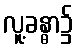
လူ့ခန္ဓာ၌